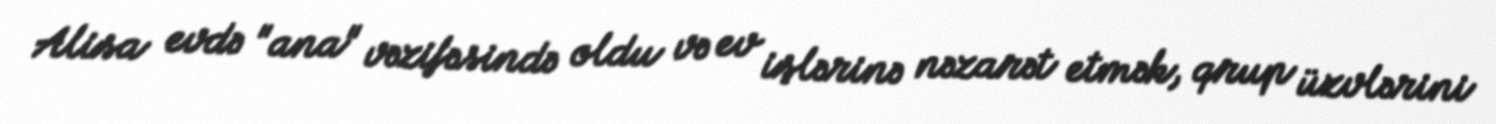
Alisa evdə "ana" vəzifəsində oldu və ev işlərinə nəzarət etmək, qrup üzvlərini